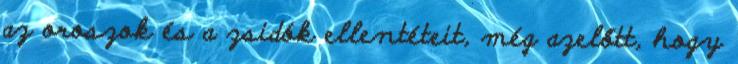
az oroszok és a zsidók ellentéteit, még azelőtt, hogy